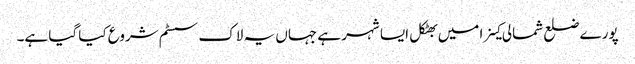
پورے ضلع شمالی کینرا میں بھٹکل ایسا شہر ہے جہاں یہ لاک سسٹم شروع کیا گیا ہے۔